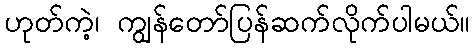
ဟုတ်ကဲ့၊ ကျွန်တော်ပြန်ဆက်လိုက်ပါမယ်။